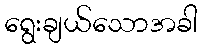
ရွေးချယ်သောအခါ